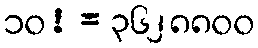
၁၀! = ၃၆၂၈၈၀၀